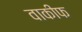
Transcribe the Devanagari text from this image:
वाकीफ